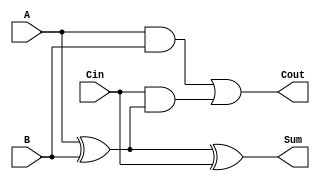
module FullAdder (
    input A,
    input B,
    input Cin,
    output Sum,
    output Cout
);
    assign Sum = A ^ B ^ Cin;        // Sum is A XOR B XOR Cin
    assign Cout = (A & B) | (Cin & (A ^ B)); // Carry is generated
endmodule